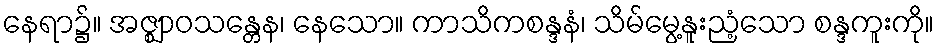
နေရာ၌။ အဇ္ဈာဝသန္တေန၊ နေသော။ ကာသိကစန္ဒနံ၊ သိမ်မွေ့နူးညံ့သော စန္ဒကူးကို။